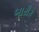
બાટીક